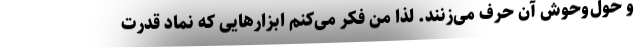
و حول‌و‌حوش آن حرف می‌زنند. لذا من فکر می‌کنم ابزارهایی که نماد قدرت